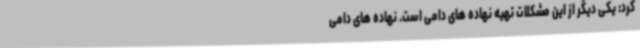
کرد: یکی دیگر از این مشکلات تهیه نهاده های دامی است. نهاده های دامی